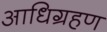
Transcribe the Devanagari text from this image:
आधिग्रहण